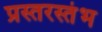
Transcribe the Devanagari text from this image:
प्रस्तरस्तंभ